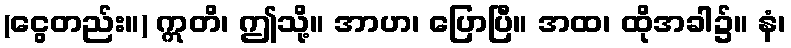
(ငွေတည်း။) ဣတိ၊ ဤသို့။ အာဟ၊ ပြောပြီ။ အထ၊ ထိုအခါ၌။ နံ၊